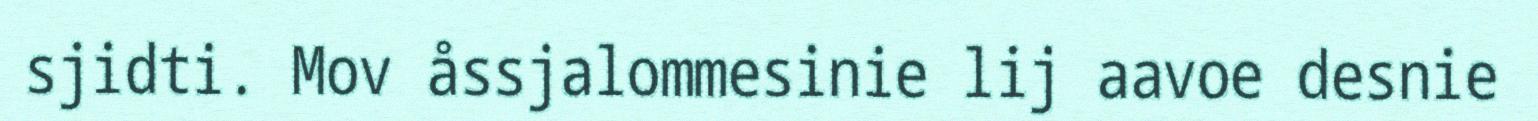
sjidti. Mov åssjalommesinie lij aavoe desnie